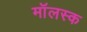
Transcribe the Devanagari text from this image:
मॉलस्क